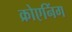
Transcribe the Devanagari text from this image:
क्रोएनिंग